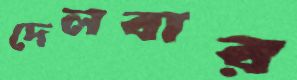
দেলবার